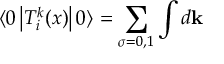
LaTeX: \langle 0 \left| T _ { i } ^ { k } ( x ) \right| 0 \rangle = \sum _ { \sigma = 0 , 1 } \int d { \mathbf k }